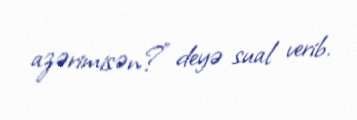
azərimisən?” deyə sual verib.